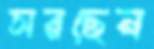
সরছেন